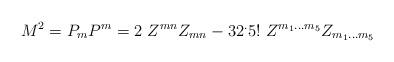
LaTeX: \begin{align*}M^2= P_m P^m = 2 ~Z^{mn} Z_{mn} - 32 ^. 5! ~ Z^{m_1...m_5}Z_{m_1...m_5}\end{align*}